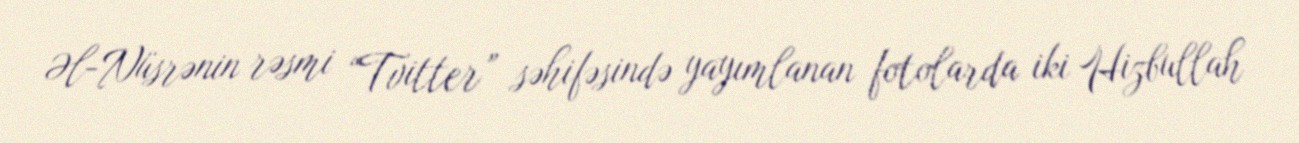
Əl-Nüsrənin rəsmi “Tvitter” səhifəsində yayımlanan fotolarda iki Hizbullah